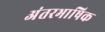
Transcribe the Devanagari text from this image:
अंतरभाषिक